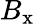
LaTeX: B_{\textrm{x}}